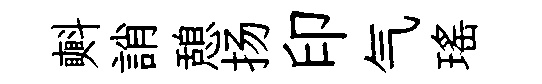
㪺誚憩扬印气瑤